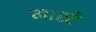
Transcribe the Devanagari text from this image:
मास्टे